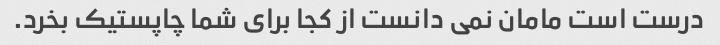
درست است مامان نمی دانست از کجا برای شما چاپستیک بخرد.